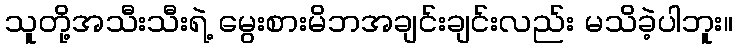
သူတို့အသီးသီးရဲ့ မွေးစားမိဘအချင်းချင်းလည်း မသိခဲ့ပါဘူး။